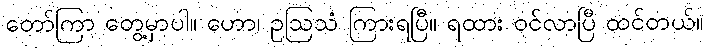
တော်ကြာ တွေ့မှာပါ။ ဟော၊ ဥဩသံ ကြားရပြီ။ ရထား ဝင်လာပြီ ထင်တယ်။